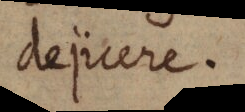
dejicere.